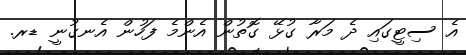
އެ ސިޓީގައި ދެ މަރާ ގުޅޭ ގޮތުން އެންމެ ފަހުން އެނގުނީ ޑރ.